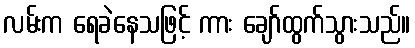
လမ်းက ရေခဲနေသဖြင့် ကား ချော်ထွက်သွားသည်။